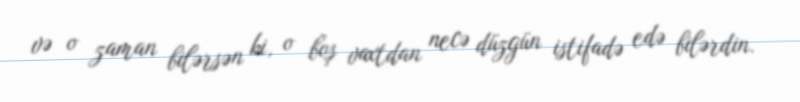
və o zaman bilərsən ki, o boş vaxtdan necə düzgün istifadə edə bilərdin.